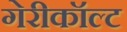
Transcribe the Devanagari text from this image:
गेरीकॉल्ट